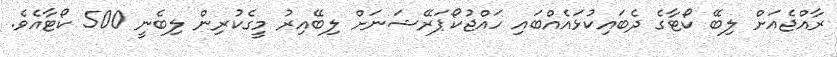
ރާއްޖެއަށް ލިބޭ ކޯޓާގެ ދެބައިކުޅައެއްބައި ހައްޖުކޯޕަރޭޝަނަށް ލިބޭއިރު މީގެކުރިން ލިބެނީ 500 ކޯޓާއެވެ.